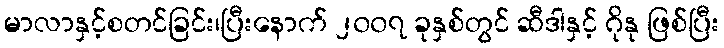
မာလာနှင့်စတင်ခြင်း၊ပြီးနောက် ၂၀၀၇ ခုနှစ်တွင် ဆီဒါနှင့် ဂိုနု ဖြစ်ပြီး